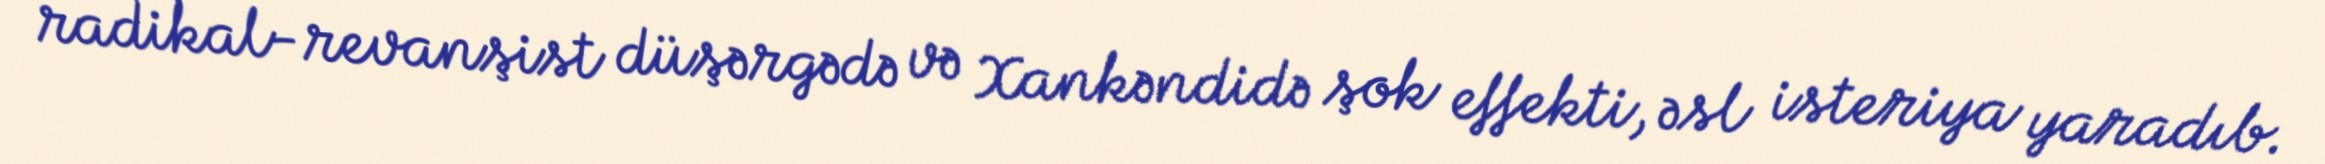
radikal-revanşist düşərgədə və Xankəndidə şok effekti, əsl isteriya yaradıb.